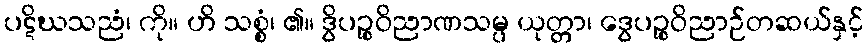
ပဋိဃသညံ၊ ကို။ ဟိ သစ္စံ၊ ၏။ ဒွိပဉ္စဝိညာဏသမ္ပ ယုတ္တာ၊ ဒွေပဉ္စဝိညာဉ်တဆယ်နှင့်